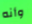
وأنه